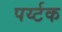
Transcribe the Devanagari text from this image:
पर्य्टक